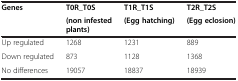
| <ROWSPAN=2> Genes | T0R_T0S | T1R_T1S | T2R_T2S |
 | (non infested plants) | (Egg hatching) | (Egg eclosion) |
 | --- | --- | --- | --- |
 | Up regulated | 1268 | 1231 | 889 |
 | Down regulated | 873 | 1128 | 1368 |
 | No differences | 19057 | 18837 | 18939 |